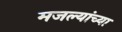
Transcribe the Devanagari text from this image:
मजल्यांच्या